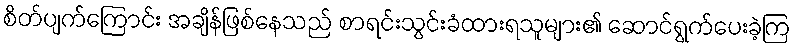
စိတ်ပျက်ကြောင်း အချိန်ဖြစ်နေသည် စာရင်းသွင်းခံထားရသူများ၏ ဆောင်ရွက်ပေးခဲ့ကြ